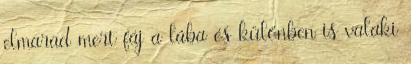
elmarad mert fáj a lába és különben is valaki